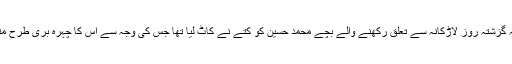
یاد رہے کہ گزشتہ روز لاڑکانہ سے تعلق رکھنے والے بچے محمد حسین کو کتے نے کاٹ لیا تھا جس کی وجہ سے اس کا چہرہ بری طرح متاثر ہوا تھا۔